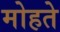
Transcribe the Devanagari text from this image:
मोहते